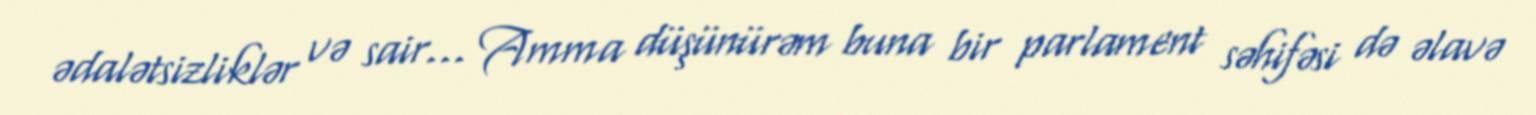
ədalətsizliklər və sair... Amma düşünürəm buna bir parlament səhifəsi də əlavə